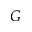
G